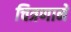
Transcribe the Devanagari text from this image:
चित्रणाने